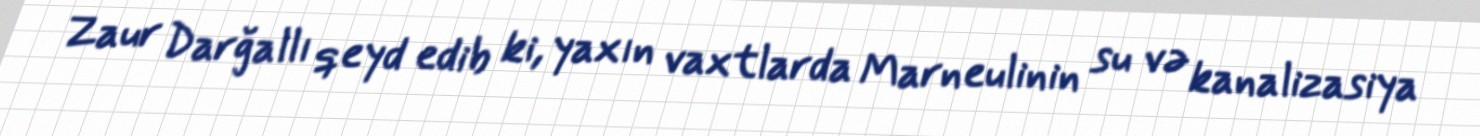
Zaur Darğallı qeyd edib ki, yaxın vaxtlarda Marneulinin su və kanalizasiya